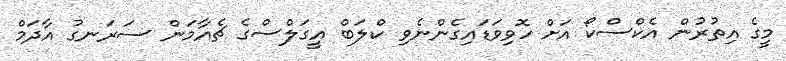
މީގެ އިތުރުން އެކްސްކޯ އަށް ހޮވިވަޑައިގެންނެވި ކްލަބް އީގަލްސްގެ ޗެއާމަން ސަރަނގު އާދަމް